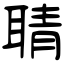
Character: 聙